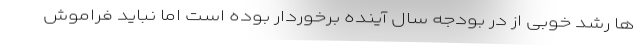
ها رشد خوبی از در بودجه سال آینده برخوردار بوده است اما نباید فراموش